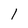
Character: l